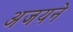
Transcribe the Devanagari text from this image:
अजयने